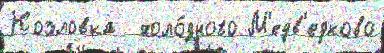
Козловка  холо́дного М'едв'едково